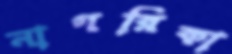
নাগরিকা